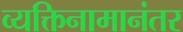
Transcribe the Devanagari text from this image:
व्यक्तिनामानंतर